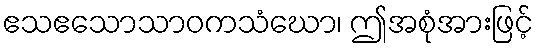
ဧသဧသောသာဝကသံဃော၊ ဤအစုံအားဖြင့်